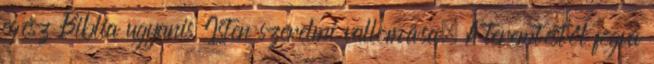
egész Biblia ugyanis Isten szerelmi vallomása. A teremtéstől fogva